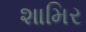
શામિર